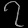
Digit: ၇